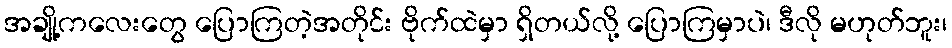
အချို့ကလေးတွေ ပြောကြတဲ့အတိုင်း ဗိုက်ထဲမှာ ရှိတယ်လို့ ပြောကြမှာပဲ၊ ဒီလို မဟုတ်ဘူး၊